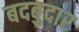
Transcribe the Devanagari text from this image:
बदबुदार